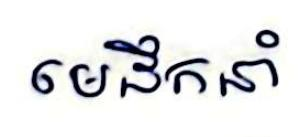
មេដឹកនាំ